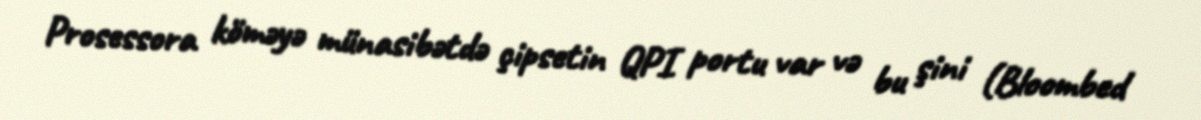
Prosessora köməyə münasibətdə çipsetin QPI portu var və bu şini (Bloombed